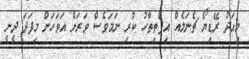
މިއަދު ރޭޑިޔޯ ޗެނަލެއް އިފްތިތާހު ކުރި ނަމަވެސް ވަަރަށް އަވަހަށް މިފަދަ ދީނީ